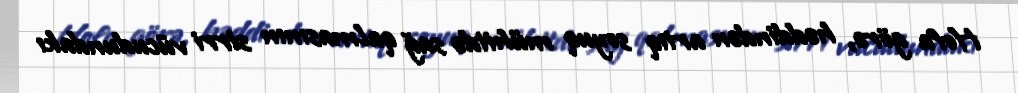
Hofa görə, həddindən artıq soyuq mühitdə sağ qalmasının sirri vücudundakı